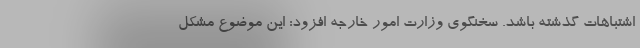
اشتباهات گذشته باشد. سخنگوی وزارت امور خارجه افزود: این موضوع مشکل